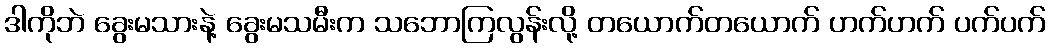
ဒါကိုဘဲ ခွေးမသားနဲ့ ခွေးမသမီးက သဘောကြလွန်းလို့ တယောက်တယောက် ဟက်ဟက် ပက်ပက်